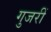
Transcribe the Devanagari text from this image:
गुजरीं